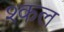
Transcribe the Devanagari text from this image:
श्कल